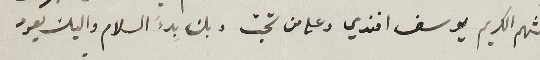
الشهم الكريم يوسف افندي وعلى من تحبّ وبك بدءَ السلام واليك يعود